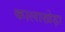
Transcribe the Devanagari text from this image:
कालाखेड़ा